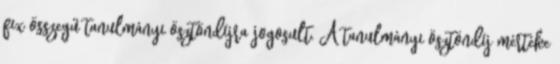
fix összegű tanulmányi ösztöndíjra jogosult. A tanulmányi ösztöndíj mértéke